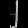
Digit: ၂